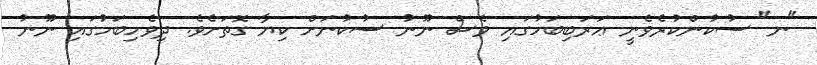
"ނ" ސުކުންކުރެވެނީ ޢަރަބިބަހުގައި ވެސް ނޫނު ސުކުނަށް ކިޔާ ގޮތަށެވެ. ދިވެހިބަހުގައި ނޫނު